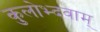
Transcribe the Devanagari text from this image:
कुलोभ्दवाम्